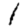
Digit: 1